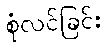
စုံလင်ခြင်း